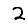
Digit: 2